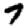
Digit: 7